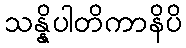
သန္နိပါတိကာနိပိ